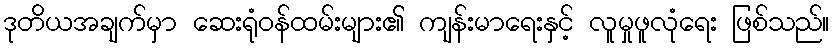
ဒုတိယအချက်မှာ ဆေးရုံဝန်ထမ်းများ၏ ကျန်းမာရေးနှင့် လူမှုဖူလုံရေး ဖြစ်သည်။